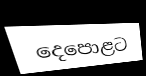
දෙපොළට